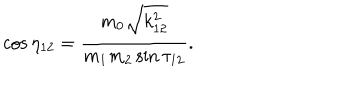
LaTeX: \cos \eta _ { 1 2 } = \frac { m _ { 0 } \sqrt { k _ { 1 2 } ^ { 2 } } } { m _ { 1 } m _ { 2 } \sin \tau _ { 1 2 } } .